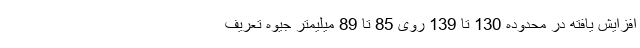
افزایش یافته در محدوده 130 تا 139 روی 85 تا 89 میلیمتر جیوه تعریف